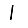
Digit: 1